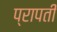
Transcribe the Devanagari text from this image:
प्रापती